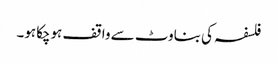
فلسفہ کی بناوٹ سے واقف ہوچکاہو۔